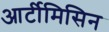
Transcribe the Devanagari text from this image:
आर्टीमिसिन